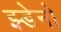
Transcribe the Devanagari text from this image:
झ्डेनो